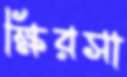
ক্ষিরসা